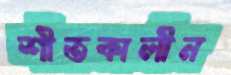
শীতকালীন